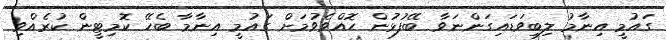
ގައުމީ އިނާމު ލިބިވަޑައިގަންނަވާ ބޭފުޅުން ހޮއްވެވުމަށް ގައުމީ އިނާމާ ބެހޭ ކޮމިޓީން ކުރެއްވި